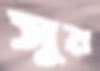
সুর